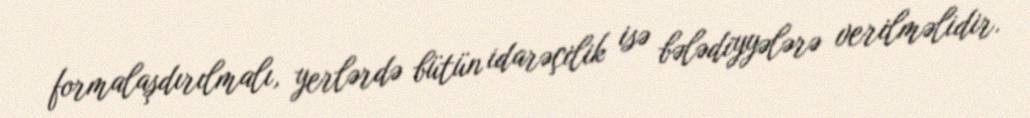
formalaşdırılmalı, yerlərdə bütün idarəçilik isə bələdiyyələrə verilməlidir.